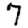
Digit: 7